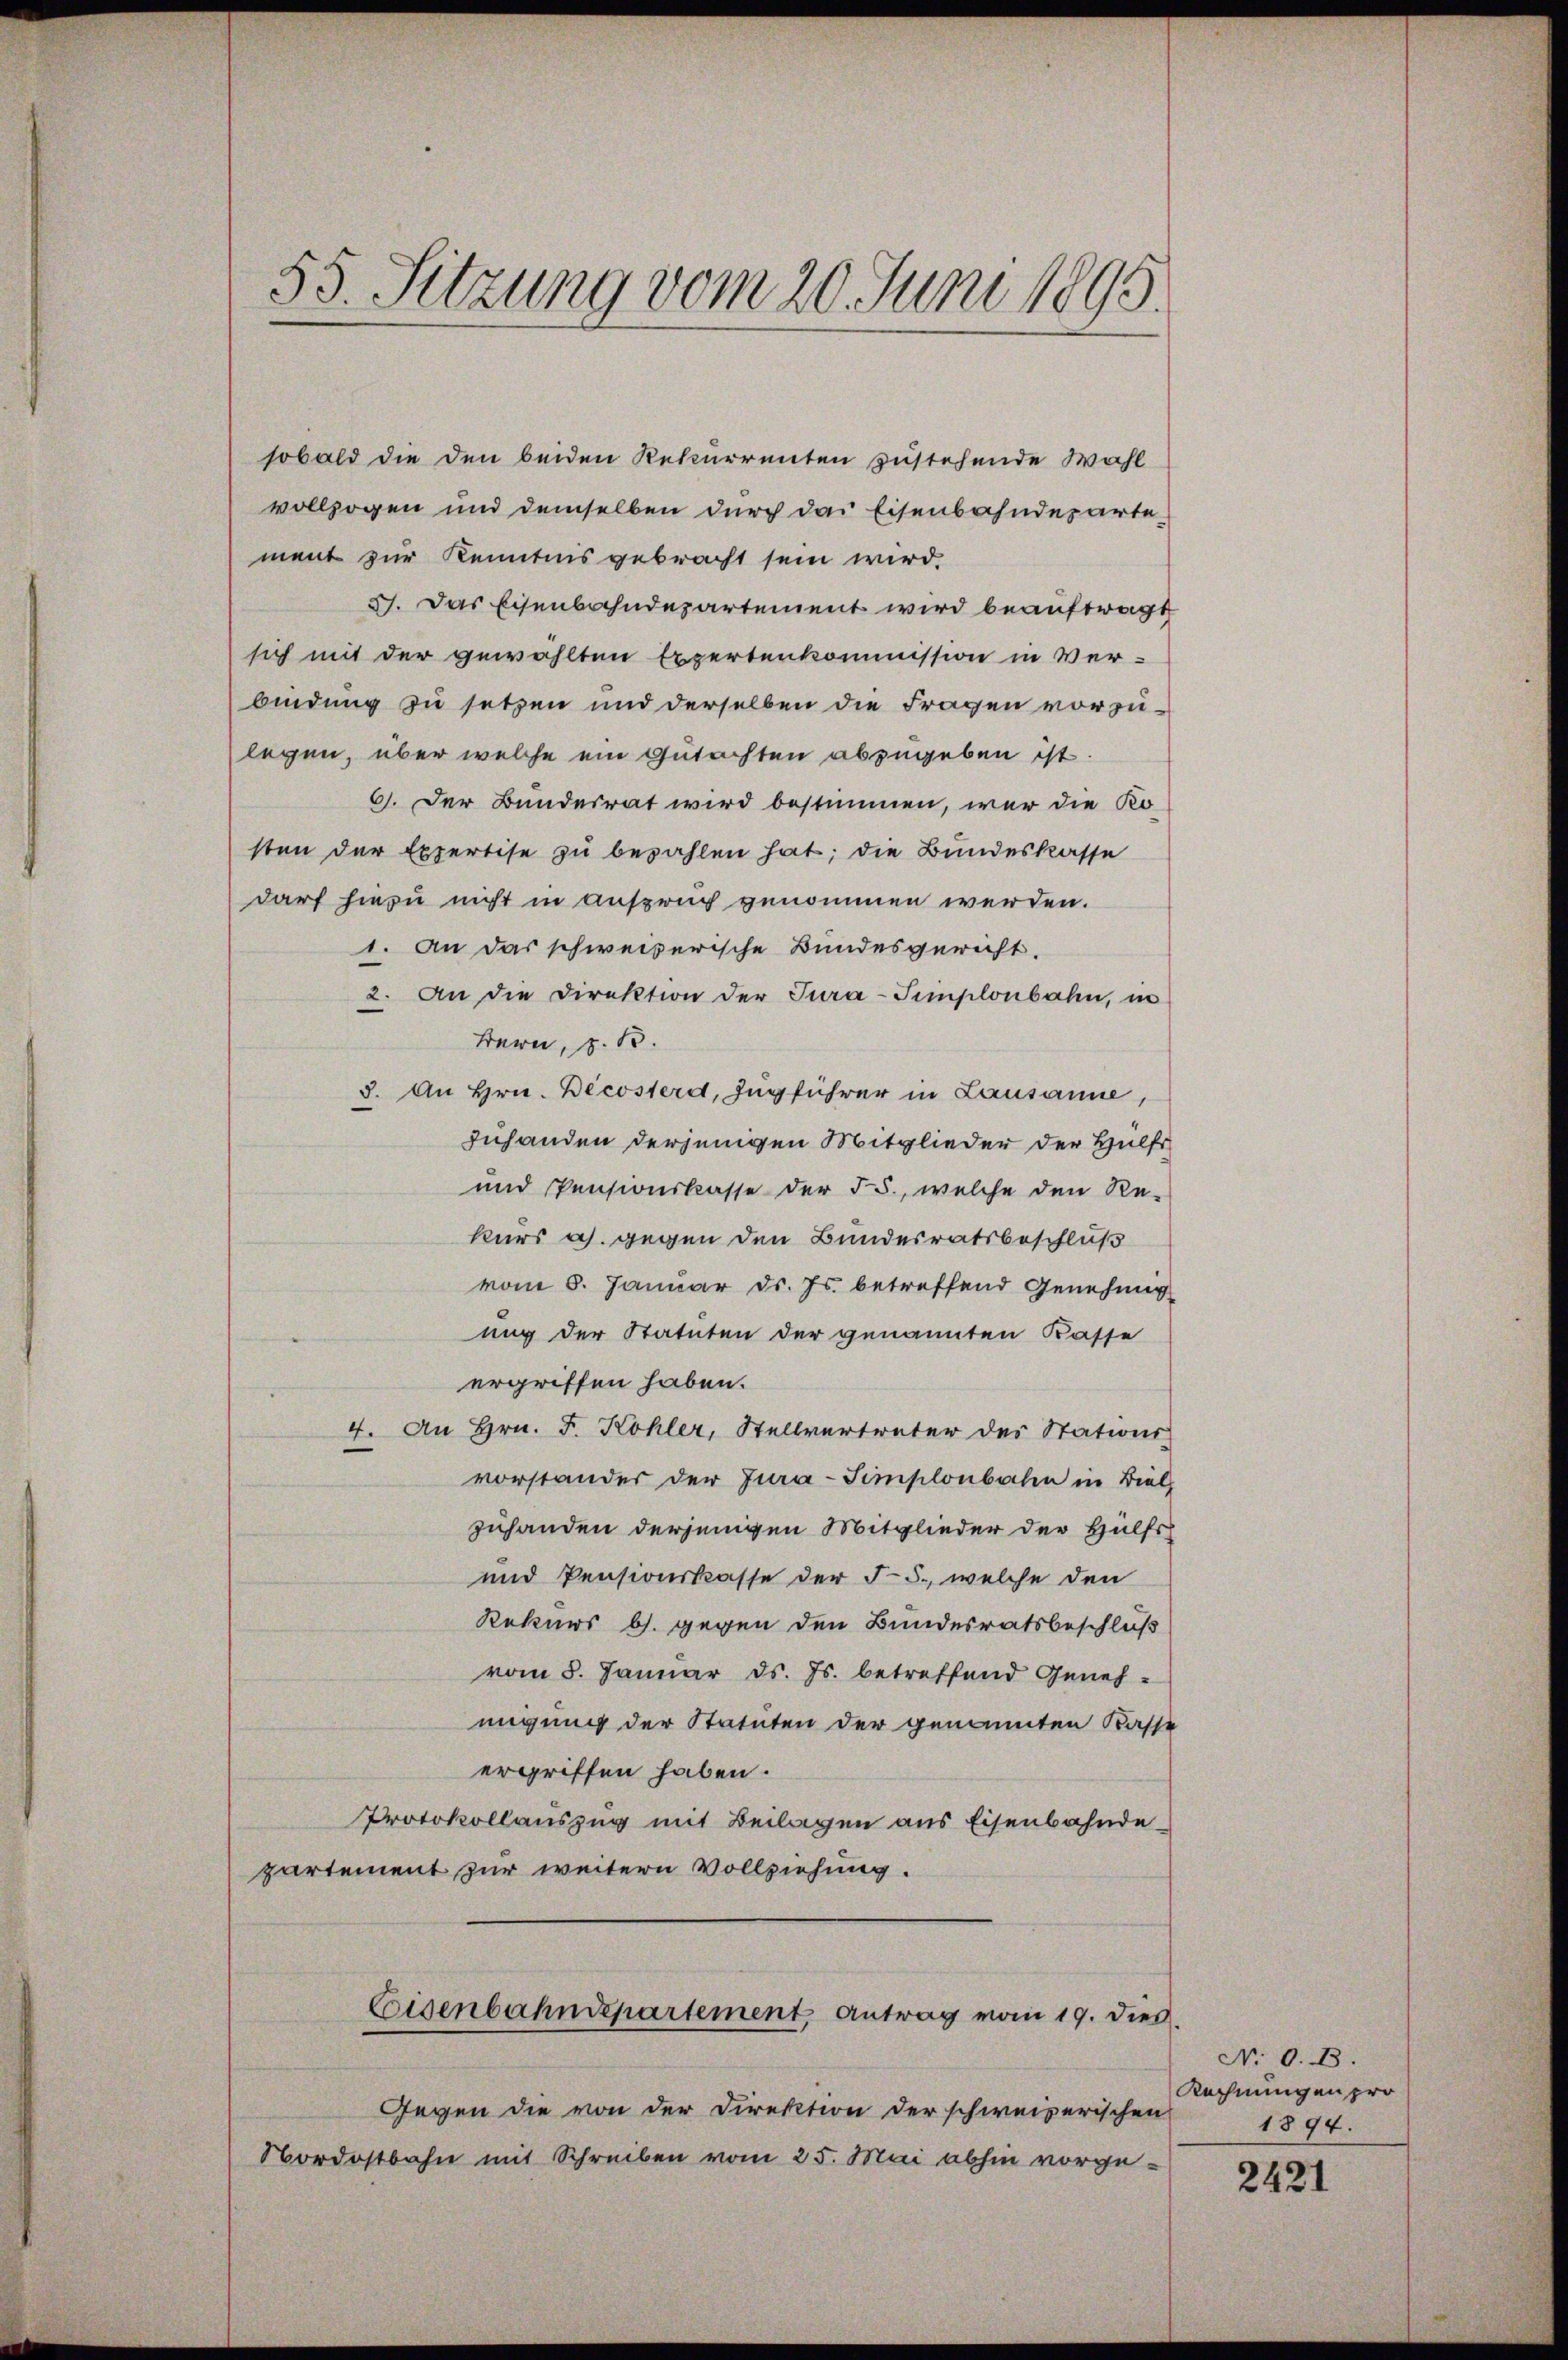
sobald die den beiden Rekurrenten zustehende Wahl
vollzogen und demselben durch das Eisenbahndepartement zur Kenntnis gebracht sein wird.
37. Das Eisenbahndepartement wird beauftragt
sich mit der gewählten Expertenkommission in Ver-
bindung zu setzen und derselben die Fragen vorzulegen, über welche ein Gutachten abzugeben ist.
6. Der Bundesrat wird bestimmen, war die Ko-
sten der Expertise zu bezahlen hat; die Bundeskasse
darf hiezu nicht in Anspruch genommen werden.
1. An das schweizerische Bundesgericht.
2. An die Direktion der Tura-Simplonbahn, in
Bern, z. B.
8. An Hrn. Decosterd, Zugführer in Lausanne,
zuhanden derjenigen Mitglieder der Hülfs¬
und Pensionskasse der §. 5., welche den Re-
kurs a. gegen den Bundesratsbeschluß
vom 8. Januar d. Js. betreffend Genehmig
ung der Statuten der genannten Kasse
ergriffen haben.
4. An Hrn. F. Kohler, Stellvertreter des Stations-
vorstander der Jura-Simplonbahn in Biel,
zuhanden derjenigen Mitglieder der Hülfs
und Pensionskasse der F 5., welche den
Rekurs b. gegen den Bundesratsbeschluß
vom 5. Januar d. Js. betreffend Genehmigung der Statuten der genannten Kasse
ergriffen haben.
Protokollauszug mit Beilagen aus Eisenbahnde
partement zur weitern Vollziehung.
Eisenbahndepartement Antrag vom 19. dies
Gegen die von der Direktion der schweizerischen
Nordostbahn mit Schreiben vom 25. Mai abhin vorge¬

55. Sitzung vom 20. Juni 1895.

No 0. B.
Rechnungen pro
1894.

2421